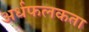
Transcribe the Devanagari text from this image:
अर्धफलकता